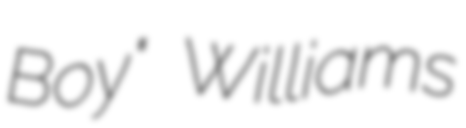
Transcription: Boy" Williams